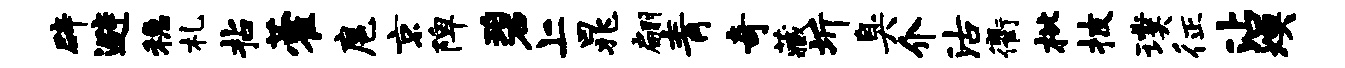
辟避稳札拈藿扈京陴碧上晁翩青奇藏圻臭介沽衢枇披璞征沾燠